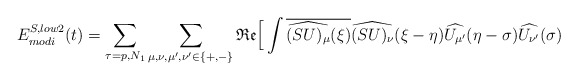
\begin{align*}E_{modi}^{S, low2}(t) = \sum_{\tau=p,N_1}\sum_{\mu, \nu, \mu',\nu' \in\{+,-\}}\mathfrak{Re}\Big[ \int \overline{\widehat{(SU)_{\mu}}(\xi)} \widehat{(SU)_{\nu}}(\xi-\eta) \widehat{{U}_{\mu'}}(\eta-\sigma) \widehat{{U}_{\nu'}}(\sigma) \end{align*}